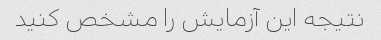
نتیجه این آزمایش را مشخص کنید